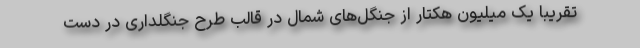
تقریبا یک میلیون هکتار از جنگل‌های شمال در قالب طرح جنگلداری در دست